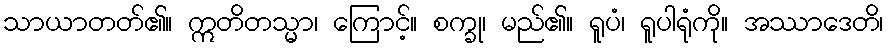
သာယာတတ်၏။ ဣတိတသ္မာ၊ ကြောင့်။ စက္ခု၊ မည်၏။ ရူပံ၊ ရူပါရုံကို။ အဿာဒေတိ၊